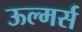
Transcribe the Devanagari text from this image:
ऊल्मर्स